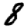
Digit: 8